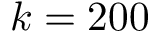
k = 2 0 0